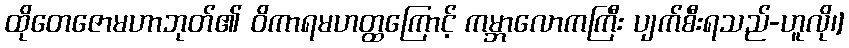
ထိုတေဇောမဟာဘုတ်၏ ဝိကာရမဟတ္ထကြောင့် ကမ္ဘာလောကကြီး ပျက်စီးရသည်-ဟူလို၊]